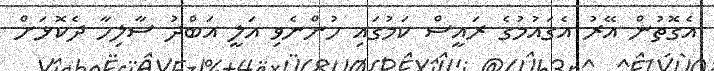
އެގޮތުން އޭރު އެގައުމުގެ ރައީސް ކަމުގައި ހުންނެވި އަލީ އަބްދު ސާލިހާ ދެކޮޅަށް